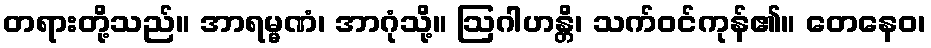
တရားတို့သည်။ အာရမ္မဏံ၊ အာဂုံသို့။ ဩဂါဟန္တိ၊ သက်ဝင်ကုန်၏။ တေနေဝ၊